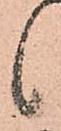
候